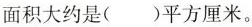
面积大约是( )平方厘米。